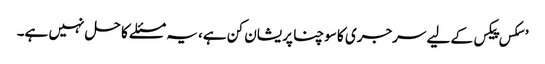
’سکس پیکس کے لیے سرجری کا سوچنا پریشان کن ہے، یہ مسئلے کا حل نہیں ہے۔